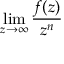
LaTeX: \operatorname* { l i m } _ { z \to \infty } { \frac { f ( z ) } { z ^ { n } } }